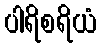
ပါရိစရိယံ